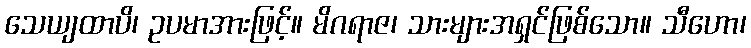
သေယျထာပိ၊ ဥပမာအားဖြင့်။ မိဂရာဇ၊ သားများအရှင်ဖြစ်သော။ သီဟော၊